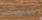
صوتية